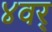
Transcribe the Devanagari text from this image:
४वर्